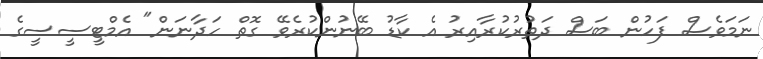
ނަމަވެސް ފަހުން ބަސް ދަތުރުކުރާއިރު އެ ކާޑު ބޭނުންކުރެވޭ ގޮތް ހަދާނަން" އެމްޓީސީސީގެ